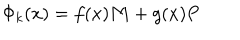
\Phi _ { k } ( x ) = f ( x ) { \bf M } + g ( x ) { \bf P }